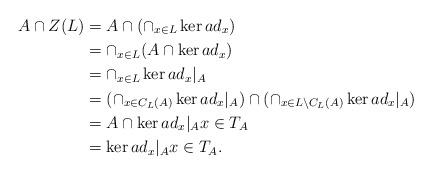
LaTeX: \begin{align*}A\cap Z(L)&= A\cap (\cap_{x\in L} \ker ad_{x})\cr& =\cap_{x\in L} (A \cap \ker ad_{x}) \cr&=\cap_{x\in L} \ker ad_{x}|_{A}\cr&=(\cap_{x\in C_{L}(A)} \ker ad_{x}|_{A})\cap (\cap_{x\in L\setminus C_{L}(A)} \ker ad_{x}|_{A})\cr&=A\cap \ker ad_{x}|_{A}x\in T_{A}\cr&= \ker ad_{x}|_{A} x\in T_{A}.\end{align*}